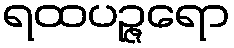
ရထပဉ္ဇရော